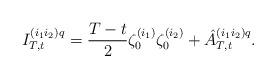
LaTeX: \begin{align*}I_{T,t}^{(i_1 i_2)q}=\frac{T-t}{2}\zeta_{0}^{(i_1)}\zeta_{0}^{(i_2)}+{\hat A}_{T,t}^{(i_1 i_2)q}.\end{align*}